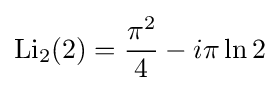
\operatorname {Li} _{2}(2)={\frac {{\pi }^{2}}{4}}-i\pi \ln 2